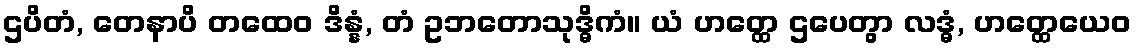
ဌပိတံ, တေနာပိ တထေဝ ဒိန္နံ, တံ ဥဘတောသုဒ္ဓိကံ။ ယံ ဟတ္ထေ ဌပေတွာ လဒ္ဓံ, ဟတ္ထေယေဝ